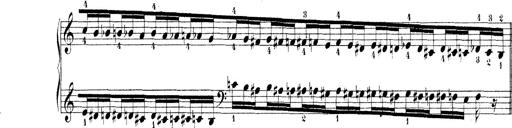
Title: Technische Studien
Composer: Franz Liszt